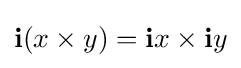
\mathbf {i} (x\times y)=\mathbf {i} x\times \mathbf {i} y